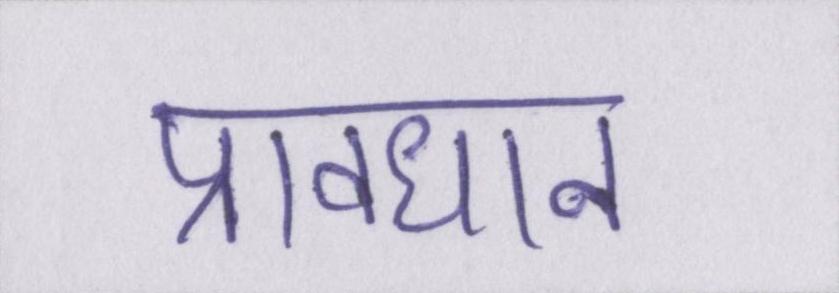
प्रावधान